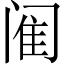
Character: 𫔴